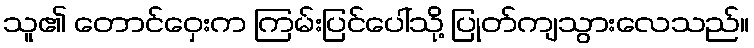
သူ၏ တောင်ဝှေးက ကြမ်းပြင်ပေါ်သို့ ပြုတ်ကျသွားလေသည်။